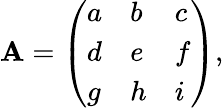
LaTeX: \mathbf{A}={\left(\begin{array}{lll}{a}&{b}&{c}\\ {d}&{e}&{f}\\ {g}&{h}&{i}\end{array}\right)},